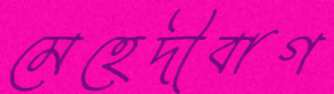
মেহেদীবাগ